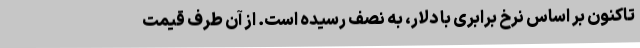
تاکنون بر اساس نرخ برابری با دلار، به نصف رسیده است. از آن طرف قیمت